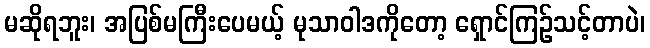
မဆိုရဘူး၊ အပြစ်မကြီးပေမယ့် မုသာဝါဒကိုတော့ ရှောင်ကြဉ်သင့်တာပဲ၊